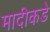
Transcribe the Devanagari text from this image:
मादीकडे